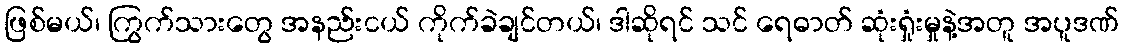
ဖြစ်မယ်၊ ကြွက်သားတွေ အနည်းငယ် ကိုက်ခဲချင်တယ်၊ ဒါဆိုရင် သင် ရေဓာတ် ဆုံးရှုံးမှုနဲ့အတူ အပူဒဏ်